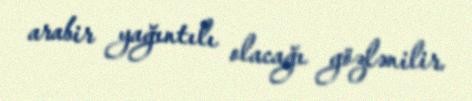
arabir yağıntılı olacağı gözlənilir.